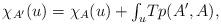
LaTeX: \begin{align*}\chi_{A^{\prime}}(u)=\chi_{A}(u)+{\textstyle\int_{u}}Tp(A^{\prime},A),\end{align*}